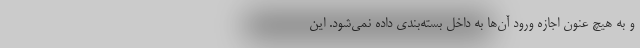
و به هیچ عنون اجازه ورود آن‌ها به داخل بسته‌بندی داده نمی‌شود. این